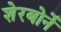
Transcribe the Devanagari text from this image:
शेरबोर्ने